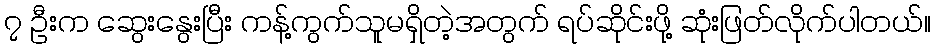
၇ ဦးက ဆွေးနွေးပြီး ကန့်ကွက်သူမရှိတဲ့အတွက် ရပ်ဆိုင်းဖို့ ဆုံးဖြတ်လိုက်ပါတယ်။